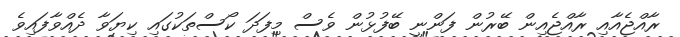
ރާއްޖެއާއި ރާއްޖެއިން ބޭރުން ފަންނީ ބޭފުޅުން ވެސް މިފަދަ ކޯސްތަކުގައި ކިޔަވާ ދެއްވާފައިވެ